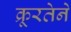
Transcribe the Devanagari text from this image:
क्रूरतेने